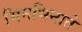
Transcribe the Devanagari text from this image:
भिनभिनाते